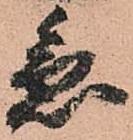
急